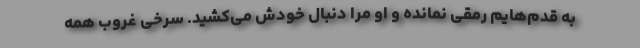
به قدم‌هایم رمقی نمانده و او مرا دنبال خودش می‌کشید. سرخی غروب همه